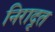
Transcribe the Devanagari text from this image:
निरादृत